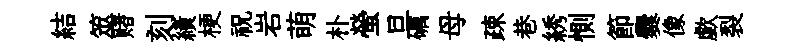
結筮赌刻績梗祝岩萌朴螢旦礪母疎巷綉惻節爨像歔裂